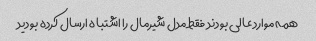
همه موارد عالی بودند فقط مدل شیرمال را اشتباه ارسال کرده بودید